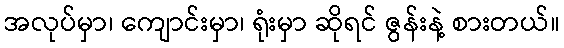
အလုပ်မှာ၊ ကျောင်းမှာ၊ ရုံးမှာ ဆိုရင် ဇွန်းနဲ့ စားတယ်။